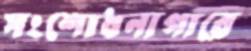
সংশোধনাগারে